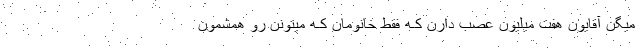
میگن آقایون هفت میلیون عصب دارن کـه فقط خانومان کـه میتونن رو همشمون